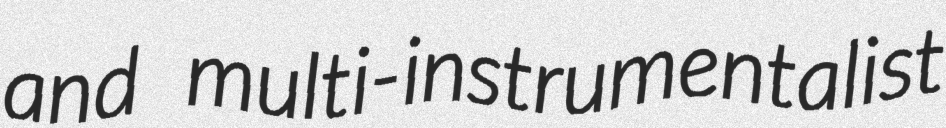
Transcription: and multi-instrumentalist